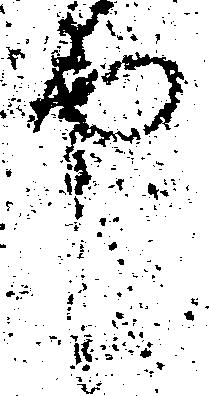
申